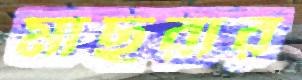
মাছুরার